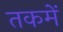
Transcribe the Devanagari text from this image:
तकमें